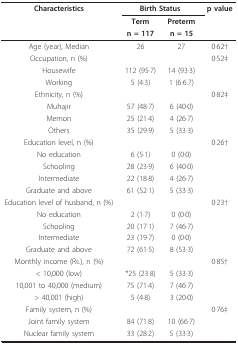
<table><thead><tr><td><b>Characteristics</b></td><td colspan="2"><b>Birth Status</b></td><td><b>p value</b></td></tr><tr><td></td><td><b>Term</b></td><td><b>Preterm</b></td><td></td></tr><tr><td></td><td><b>n = 117</b></td><td><b>n = 15</b></td><td></td></tr></thead><tbody><tr><td>Age (year), Median</td><td>26</td><td>27</td><td>0·62†</td></tr><tr><td>Occupation, n (%)</td><td></td><td></td><td>0·52‡</td></tr><tr><td>Housewife</td><td>112 (95·7)</td><td>14 (93·3)</td><td></td></tr><tr><td>Working</td><td>5 (4·3)</td><td>1 (6·6.7)</td><td></td></tr><tr><td>Ethnicity, n (%)</td><td></td><td></td><td>0·82‡</td></tr><tr><td>Muhajir</td><td>57 (48·7)</td><td>6 (40·0)</td><td></td></tr><tr><td>Memon</td><td>25 (21·4)</td><td>4 (26·7)</td><td></td></tr><tr><td>Others</td><td>35 (29·9)</td><td>5 (33·3)</td><td></td></tr><tr><td>Education level, n (%)</td><td></td><td></td><td>0·26†</td></tr><tr><td>No education</td><td>6 (5·1)</td><td>0 (0·0)</td><td></td></tr><tr><td>Schooling</td><td>28 (23·9)</td><td>6 (40·0)</td><td></td></tr><tr><td>Intermediate</td><td>22 (18·8)</td><td>4 (26·7)</td><td></td></tr><tr><td>Graduate and above</td><td>61 (52·1)</td><td>5 (33·3)</td><td></td></tr><tr><td>Education level of husband, n (%)</td><td></td><td></td><td>0·23†</td></tr><tr><td>No education</td><td>2 (1·7)</td><td>0 (0·0)</td><td></td></tr><tr><td>Schooling</td><td>20 (17·1)</td><td>7 (46·7)</td><td></td></tr><tr><td>Intermediate</td><td>23 (19·7)</td><td>0 (0·0)</td><td></td></tr><tr><td>Graduate and above</td><td>72 (61·5)</td><td>8 (53·3)</td><td></td></tr><tr><td>Monthly income (Rs.), n (%)</td><td></td><td></td><td>0·85†</td></tr><tr><td>&lt; 10,000 (low)</td><td>*25 (23·8)</td><td>5 (33·3)</td><td></td></tr><tr><td>10,001 to 40,000 (medium)</td><td>75 (71·4)</td><td>7 (46·7)</td><td></td></tr><tr><td>&gt; 40,001 (high)</td><td>5 (4·8)</td><td>3 (20·0)</td><td></td></tr><tr><td>Family system, n (%)</td><td></td><td></td><td>0·76‡</td></tr><tr><td>Joint family system</td><td>84 (71·8)</td><td>10 (66·7)</td><td></td></tr><tr><td>Nuclear family system</td><td>33 (28·2)</td><td>5 (33·3)</td><td></td></tr></tbody></table>